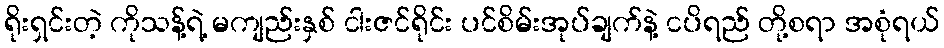
ရိုးရှင်းတဲ့ ကိုသန့်ရဲ့ မကျည်းနှစ် ငါးဇင်ရိုင်း ပင်စိမ်းအုပ်ချက်နဲ့ ငပိရည် တို့စရာ အစုံရယ်